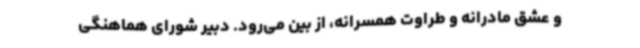
و عشق مادرانه و طراوت همسرانه، از بین می‌رود. دبیر شورای هماهنگی